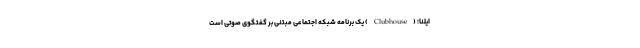
ایلنا؛ (Clubhouse) یک برنامه شبکه اجتماعی مبتنی بر گفتگوی صوتی است